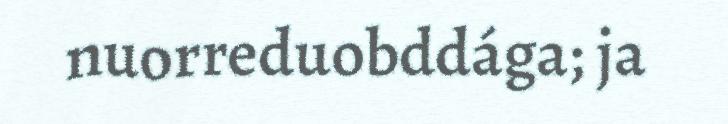
nuorreduobddága; ja